Indian journal of veterinary science and animal husbandry - Volume 1,
Year: 1931
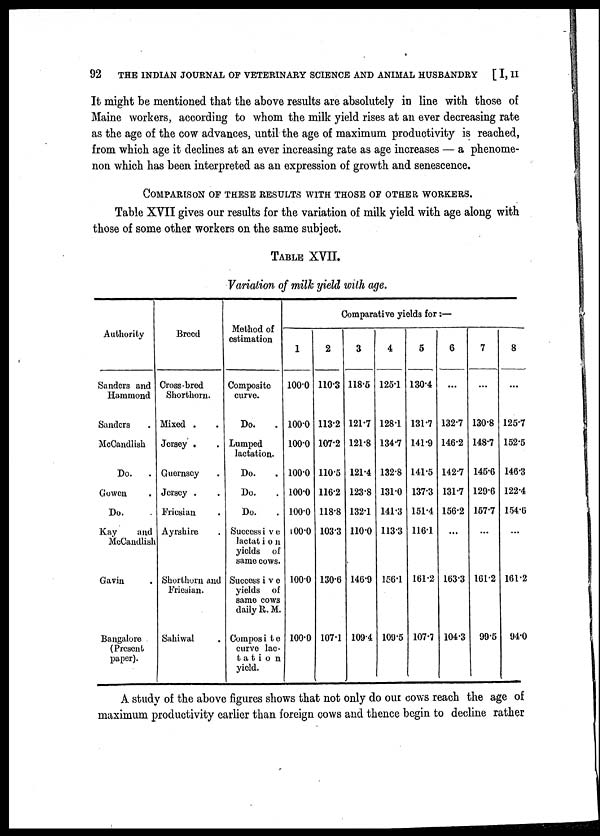
92
THE INDIAN JOURNAL OF VETERINARY SCIENCE AND ANIMAL HUSBANDRY
[ I, II
It might be mentioned that the above results are absolutely in line with those of
Maine workers, according to whom the milk yield rises at an ever decreasing rate
as the age of the cow advances, until the age of maximum productivity is reached,
from which age it declines at an ever increasing rate as age increases — a phenome-
non which has been interpreted as an expression of growth and senescence.
COMPARISON OF THESE RESULTS WITH THOSE OF OTHER WORKERS.
Table XVII gives our results for the variation of milk yield with age along with
those of some other workers on the same subject.
TABLE XVII.
Variation of milk yield with age.
Authority
Sanders and
Hammond
Sanders
McCandlish
Do.
.
Gowen
Do.
Kay
and
McCandlish
Gavin
Bangalore
(Present
paper).
Breed
Cross-bred
Shorthorn.
Mixed .
Jersey .
Guernsey
Jersey .
Friesian
Ayrshire
Shorthorn and
Friesian.
Sahiwal
Method of
estimation
Composite
curve.
Do.
Lumped
lactation.
Do.
Do.
Do.
Successive
lactation
yields of
same cows.
Successive
yields of
same cows
daily R. M.
Composite
curve lac¬
tation
yield.
Comparative yields for:—
1
100.0
100.0
100.0
100.0
100.0
100.0
l00.0
100.0
100.0
2
110.3
113.2
107.2
110.5
116.2
118.8
103.3
130.6
107.1
3
118.5
121.7
121.8
121.4
123.8
132.1
110.0
146.9
109.4
4
125.1
128.1
134.7
132.8
131.0
141.3
113.3
156.1
109.5
5
130.4
131.7
141.9
141.5
137.3
151.4
116.1
161.2
107.7
6
...
132.7
146.2
142.7
131.7
156.2
...
163.3
104.3
7
...
130.8
148.7
145.6
129.6
157.7
...
161.2
99.5
8
...
125.7
152.5
146.3
122.4
154.6
...
161.2
94.0
A study of the above figures shows that not only do our cows reach the age of
maximum productivity earlier than foreign cows and thence begin to decline rather